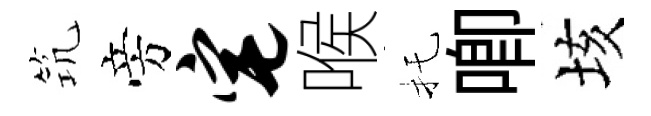
𥬑旁宅喉托唧垓